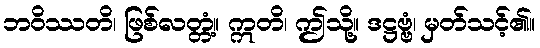
ဘဝိဿတိ၊ ဖြစ်လတ္တံ့။ ဣတိ၊ ဤသို့။ ဒဋ္ဌဗ္ဗံ၊ မှတ်သင့်၏။